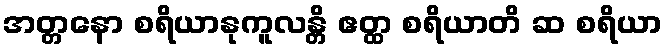
အတ္တနော စရိယာနုကူလန္တိ ဧတ္ထ စရိယာတိ ဆ စရိယာ